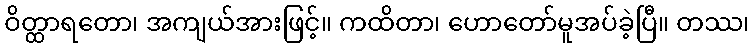
ဝိတ္ထာရတော၊ အကျယ်အားဖြင့်။ ကထိတာ၊ ဟောတော်မူအပ်ခဲ့ပြီ။ တဿ၊